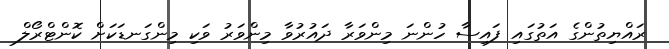
ރައްޔިތުންގެ އަތުގައި ފައިސާ ހުންނަ މިންވަރާ ދައުރުވާ މިންވަރު ވަކި މިންގަނޑަކަށް ކޮންޓްރޯލް